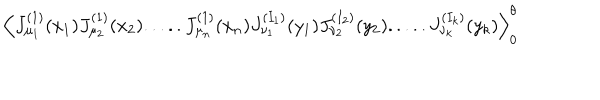
\Big \langle J _ { \mu _ { 1 } } ^ { ( 1 ) } ( x _ { 1 } ) J _ { \mu _ { 2 } } ^ { ( 1 ) } ( x _ { 2 } ) . . . . . J _ { \mu _ { n } } ^ { ( 1 ) } ( x _ { n } ) J _ { \nu _ { 1 } } ^ { ( I _ { 1 } ) } ( y _ { 1 } ) J _ { \nu _ { 2 } } ^ { ( I _ { 2 } ) } ( y _ { 2 } ) . . . . . J _ { \nu _ { k } } ^ { ( I _ { k } ) } ( y _ { k } ) \Big \rangle _ { 0 } ^ { \theta }